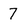
Character: 7